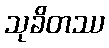
သုခိတဿ